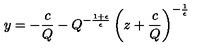
y = - \frac { c } { Q } - Q ^ { - \frac { 1 + \epsilon } { \epsilon } } \left( z + \frac { c } { Q } \right) ^ { - \frac { 1 } { \epsilon } }